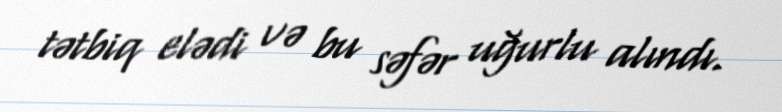
tətbiq elədi və bu səfər uğurlu alındı.